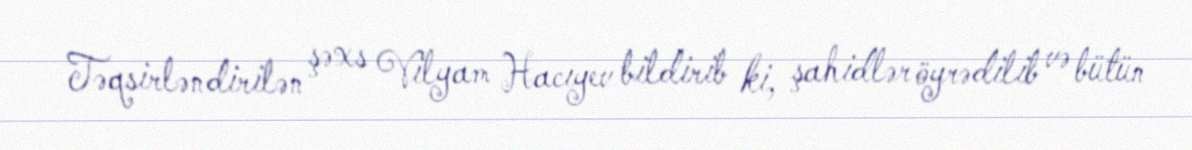
Təqsirləndirilən şəxs Vilyam Hacıyev bildirib ki, şahidlər öyrədilib və bütün